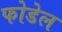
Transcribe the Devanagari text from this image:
फोडेल